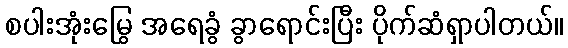
စပါးအုံးမြွေ အရေခွံ ခွာရောင်းပြီး ပိုက်ဆံရှာပါတယ်။